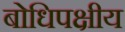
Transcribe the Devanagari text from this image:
बोधिपक्षीय